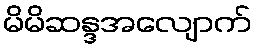
မိမိဆန္ဒအလျောက်